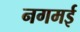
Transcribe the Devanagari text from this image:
नगमई